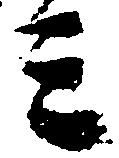
ミ